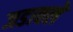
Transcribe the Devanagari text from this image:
जडावले